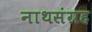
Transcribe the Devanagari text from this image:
नाथसंग्रह